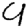
Digit: 9